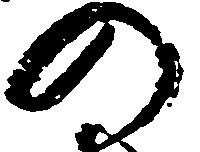
の